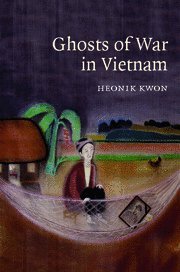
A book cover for Ghosts of War in Vietnam (Studies in the Social and Cultural History of Modern Warfare); Heonik Kwon; Computers & Technology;